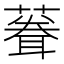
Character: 𫉠